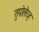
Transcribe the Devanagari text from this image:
तुपोलेव्ह